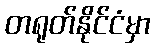
တရုတ်နိုင်ငံမှာ